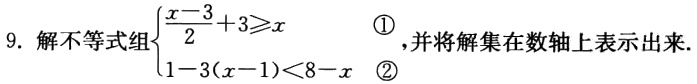
9. 解不等式组\(\begin{cases}\dfrac{x - 3}{2}+3\geqslant x &\textcircled{1}\\1 - 3(x - 1)\lt8 - x&\textcircled{2}\end{cases}\)，并将解集在数轴上表示出来.